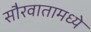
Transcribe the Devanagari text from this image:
सौरवातामध्ये